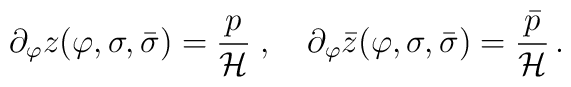
\partial_{\varphi}z(\varphi,\sigma,\bar{\sigma})=\frac{p}{\cal H}\;,\quad\partial_{\varphi}\bar{z}(\varphi,\sigma,\bar{\sigma})=\frac{\bar{p}}{\cal H}\,.